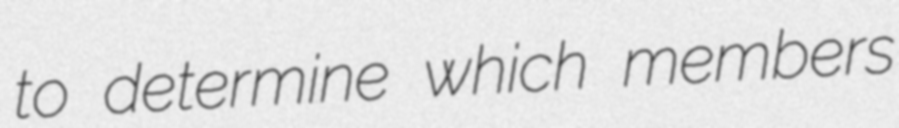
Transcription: to determine which members